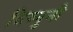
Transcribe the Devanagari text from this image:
विष्णुनी